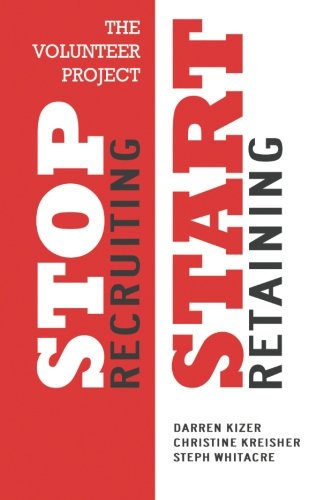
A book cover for The Volunteer Project: Stop Recruiting. Start Retaining.; Darren Kizer; Business & Money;